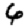
Digit: 6